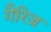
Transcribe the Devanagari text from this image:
गैरिज